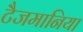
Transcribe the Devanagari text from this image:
टैजमानिया